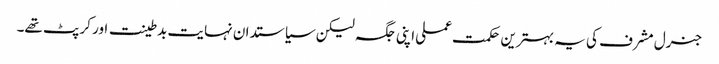
جنرل مشرف کی یہ بہترین حکمت عملی اپنی جگہ لیکن سیاستدان نہایت بدطینت اور کرپٹ تھے۔